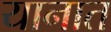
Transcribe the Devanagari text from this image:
यानात